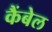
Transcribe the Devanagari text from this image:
कैंबेल